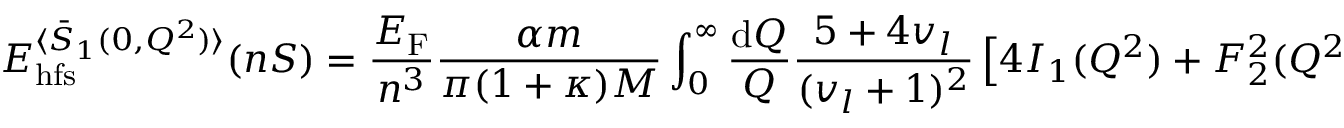
E _ { \mathrm { h f s } } ^ { \langle \bar { S } _ { 1 } ( 0 , Q ^ { 2 } ) \rangle } ( n S ) = \frac { E _ { \mathrm { F } } } { n ^ { 3 } } \frac { \alpha m } { \pi ( 1 + \kappa ) M } \int _ { 0 } ^ { \infty } \frac { \mathrm { d } Q } { Q } \frac { 5 + 4 v _ { l } } { ( v _ { l } + 1 ) ^ { 2 } } \left[ 4 I _ { 1 } ( Q ^ { 2 } ) + F _ { 2 } ^ { 2 } ( Q ^ { 2 } ) \right] .